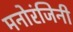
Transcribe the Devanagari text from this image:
मनोरंजिनी